Elephants and their diseases
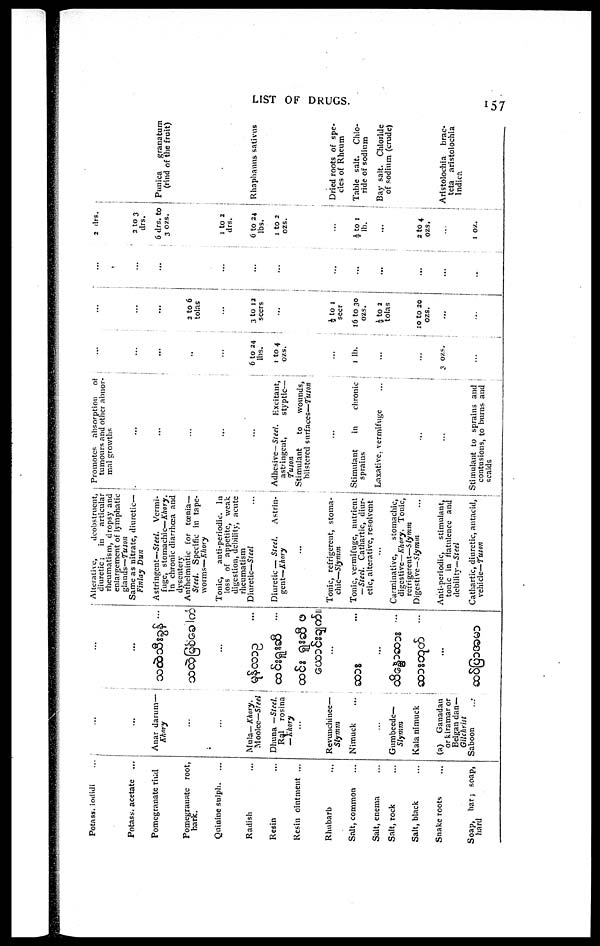
LIST OF DRUGS.
157
Potass, iodidi
Potass, acetate
...
Pomegranate riud
Pomegranate root,
bark.
Quinine sulph.
Radish
Resin
Resin ointment ...
Rhubarb
Salt, common
Salt, enema
Salt, rock
Salt, black
Snake roots
Soap, bar ; soap,
hard
...
..
Anar darum—
Khory
...
....
Mula— Khory.
Moolee—Steel
Dhuna —Steel.
Ral
rosina
—Khory
...
Revunchinee—
Slymm
Nimuck
...
Gumbeede—
Slymm
Kala nimuck
(a) Ganadan :
or kiramaror
Belgan dan—
Gilchrist
Saboon
...
...
...
Alterative,
deobstruent,
diuretic;
in
articular
rheumatism, dropsy and
enlargement of lymphatic
glands—Tuson
Same as nitrate, diuretic—
Finlay Dun
Astringent—Steel. Vermi-
fuge, stomachic—Khory.
In chronic diarrhœa and
dysentery
Anthelmintic for tœnia—
Steel. Specific in tape-
worms—Khory
Tonic,
anti-periodic. In
loss of appetite, weak
digestion, debility, acute
rheumatism
Diuretic—Steel
Diuretic— Steel.
Astrin-
gent—Khory
...
Tonic, refrigerent, stoma-
chic—Slymm
Tonic, vermifuge, nutrient
— Steel. Cathartic, diur-
etic, alterative, resolvent
...
Carminative,
stomachic,
digestive—Khory. Tonic,
refrigerent—S lymm
Digestive—Slymm
Anti-periodic,
stimulant,
tonic in flatulence and
debility—Steel
Cathartic, diuretic, antacid,
vehicle— Tuson
Promotes absorption
of
tumours and other abnor-
mal growths
...
...
...
...
...
Adhesive— Steel. Excitant,
astringent,
styptic—
Tuson
Stimulant
to
wounds,
blistered surfaces—Tuson
....
Stimulant
in
chronic
sprains
Laxative, vermifuge
...
...
...
Stimulant to sprains and
contusions, to burns and
scalds
...
...
..
..
..
6 to 24
lbs.
1 to 4
ozs.
..
..
1 lb.
..
...
3 ozs.
..
..
..
..
2 to 6
tolas
...
3 to 12
seers
..
½ to 1
seer
16 to 30
ozs.
½ to 2
tolas
10 to 20
ozs.
...
...
...
..
..
...
..
...
...
...
...
...
...
...
...
2 drs.
2 to 3
drs.
6 drs. to
3 ozs.
1 to 2
drs.
6 to 24
lbs.
1 to 2
ozs.
...
½ to 1
lb.
...
2 to 4
ozs.
...
1
oz.
Punica
granatum
(rind of the fruit)
Rhaphanus sativus
Dried roots of spe¬
cies of Rheum
Table salt. Chlo¬
ride of sodium
Bay salt. Chloride
of sodium (crude)
Aristolochia brac¬
teta aristolochia
lndica